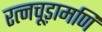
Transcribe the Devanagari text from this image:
रत्नचूड़ामणि